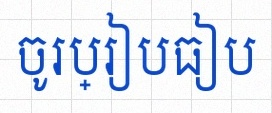
ចូរប្រៀបធៀប